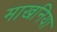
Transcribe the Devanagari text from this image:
माखनिया